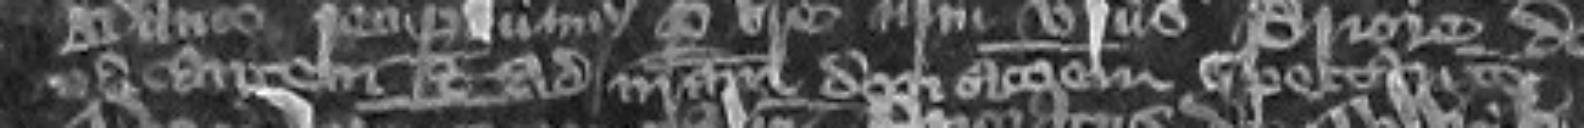
vacantem et ad nostrum donacionem spectantem